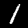
Label: 1